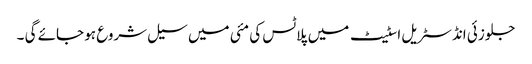
جلوزئی انڈسٹریل اسٹیٹ میں پلاٹس کی مئی میں سیل شروع ہو جائے گی ۔